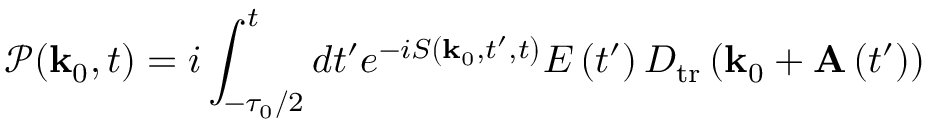
\mathcal { P } ( \mathbf { k } _ { 0 } , t ) = i \int _ { - \tau _ { 0 } / 2 } ^ { t } d t ^ { \prime } e ^ { - i S \left( \mathbf { k } _ { 0 } , t ^ { \prime } , t \right) } E \left( t ^ { \prime } \right) D _ { \mathrm { t r } } \left( \mathbf { k } _ { 0 } + \mathbf { A } \left( t ^ { \prime } \right) \right)